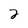
Character: 2